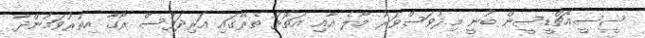
ސީސީއެޗްޑީސީން ބުނީ މިދުވަސްވަރު މާލެ އާއި އަތޮޅު ތެރޭގައި އަރިދަފުސް ރޯގާ އިތުރުވަމުންދާ